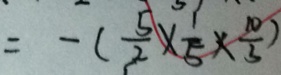
= - ( \frac { 5 } { 2 } \times \frac { 1 } { 5 } \times \frac { 1 0 } { 3 } )